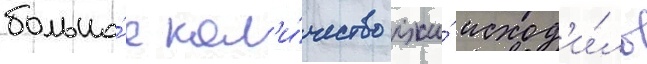
большо́е кол'и́чество лжи́ исход'и́ло